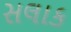
સલાક